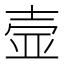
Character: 壸